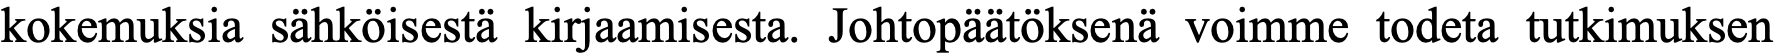
kokemuksia sähköisestä kirjaamisesta. Johtopäätöksenä voimme todeta tutkimuksen